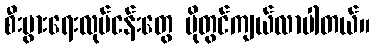
စီးပွားရေးလုပ်ငန်းတွေ ပိုတွင်ကျယ်လာပါတယ်။